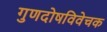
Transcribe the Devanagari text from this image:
गुणदोषविवेचक